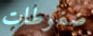
ضغوطات